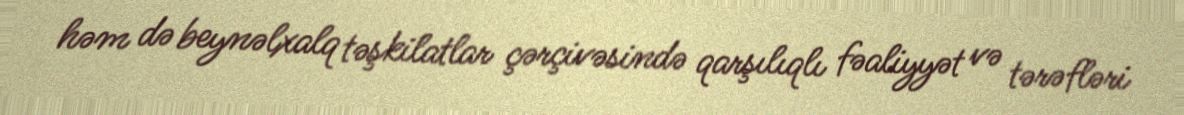
həm də beynəlxalq təşkilatlar çərçivəsində qarşılıqlı fəaliyyət və tərəfləri